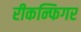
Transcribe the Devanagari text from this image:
रीकन्फिगर